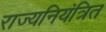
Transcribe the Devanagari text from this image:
राज्यनियंत्रित